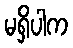
မရှိပါက